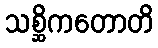
သစ္ဆိကတောတိ